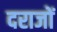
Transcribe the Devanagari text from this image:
दराजों